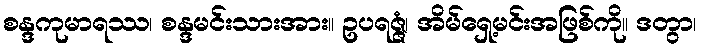
စန္ဒကုမာရဿ၊ စန္ဒမင်းသားအား။ ဥပရဇ္ဇံ၊ အိမ်ရှေ့မင်းအဖြစ်ကို။ ဒတွာ၊